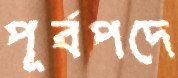
পূর্বপদে